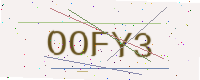
Text: OOFY3